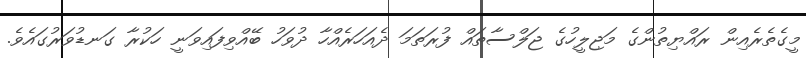
މީގެތެރެއިން ރައްޔިތުންގެ މަޖިލީހުގެ ޖަލްސާތައް ފުރަތަމަ ދެއަހަރެއްހާ ދުވަހު ބޭއްވިފައިވަނީ ހަކުރާ ގަނޑުވަރުގައެވެ.